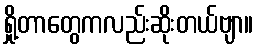
ရှို့တာတွေကလည်းဆိုးတယ်ဗျာ။